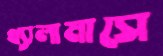
থ্যালামাসে